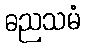
ဓညသမံ